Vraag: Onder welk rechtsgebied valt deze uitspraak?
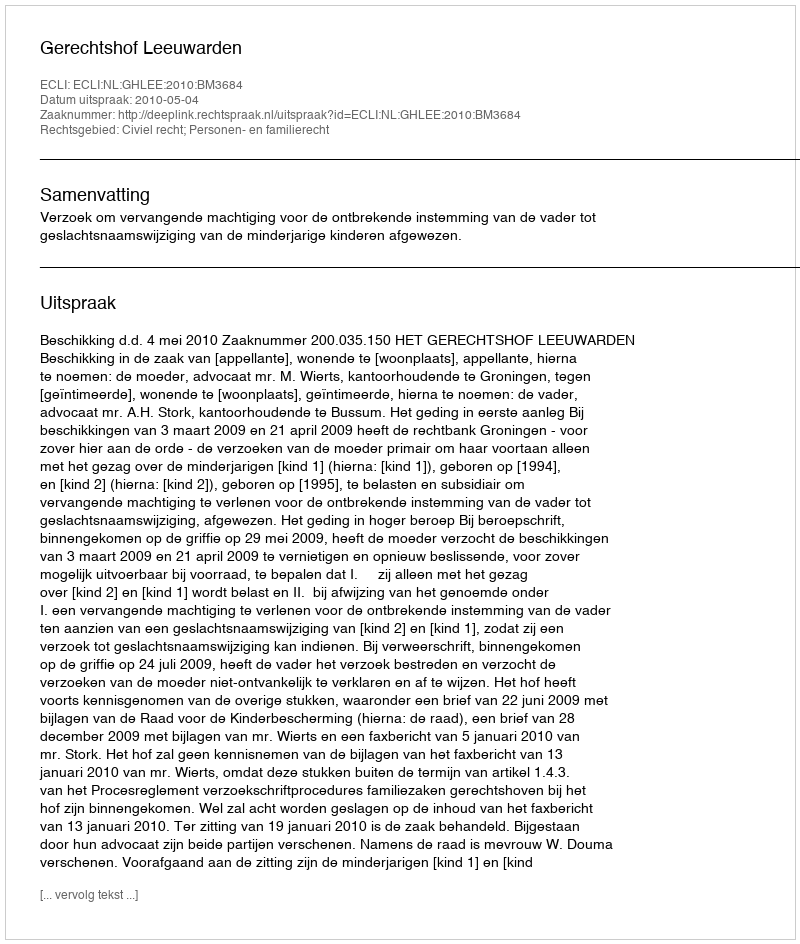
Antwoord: Civiel recht; Personen- en familierecht